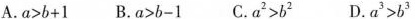
A.$$a < b + 1$$ B.$$a > b - 1$$ C.$$a^{2} > b^{2}$$ D.$$a^{3} > b^{3}$$